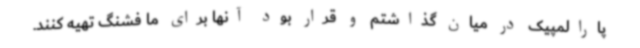
پارالمپیک در میان گذاشتم و قرار بود آنها برای ما فشنگ تهیه کنند.